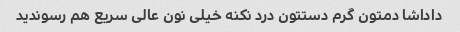
داداشا دمتون گرم دستتون درد نکنه خیلی نون عالی سریع هم رسوندید